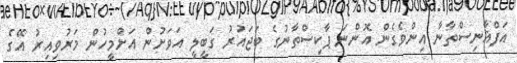
އަފްޣާނިސްތާނާ އިންވެގެން އޮންނަ ޕާކިސްތާނުގެ ބަޖައުރު ގަބީލީ އަވަށުން އަށްމީހުން މަރުވިއިރު އޭގެ